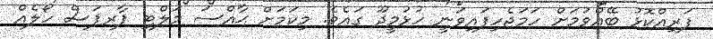
ފަރިއްކޮޅު ބޭއްވުމަށް ހަމަޖެހިފައިވަނީ ހުޅުމީދޫ ގައެވެ. މިކަމަށް ޙާއްސަ މަލްޓި ޕާރޕަސް ހޯލެއް